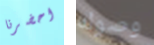
احضرنا وصوله